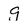
Character: g